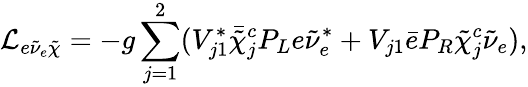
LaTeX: {\cal L}_{e\tilde{\nu}_{e}\tilde{\chi}}=-g\sum_{j=1}^{2}(V_{j1}^{*}\bar{\tilde{\chi}}_{j}^{c}P_{L}e\tilde{\nu}_{e}^{*}+V_{j1}\bar{e}P_{R}\tilde{\chi}_{j}^{c}\tilde{\nu}_{e}),